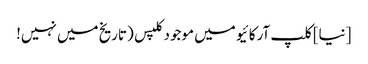
[نیا] کلپ آرکائیو میں موجود کلپس (تاریخ میں نہیں!